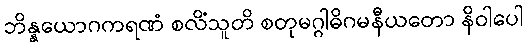
ဘိန္နယောဂကရဏံ စလိံသူတိ စတုမဂ္ဂါဓိဂမနီယတော နိဝါပေါ